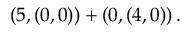
\left( 5 , \left( 0 , 0 \right) \right) + \left( 0 , \left( 4 , 0 \right) \right) .